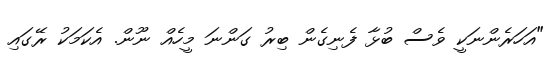
"އަހަރެންނަކީ ވެސް ބުޅާ ފެނިގެން ބިރު ގަންނަ މީހެއް ނޫން. އެކަމަކު ރޭގައި